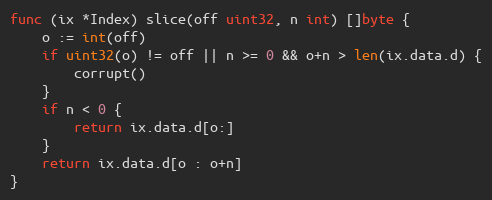
Language: Go
func (ix *Index) slice(off uint32, n int) []byte {
	o := int(off)
	if uint32(o) != off || n >= 0 && o+n > len(ix.data.d) {
		corrupt()
	}
	if n < 0 {
		return ix.data.d[o:]
	}
	return ix.data.d[o : o+n]
}